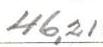
46,21